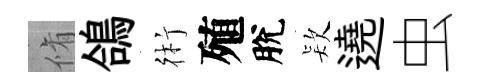
脩鴿術殖脫𣣇遶虫